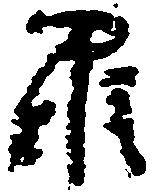
羅